Report of an investigation into the causes of malaria in Bombay and the measures necessary for its control
Disease focus: Malaria
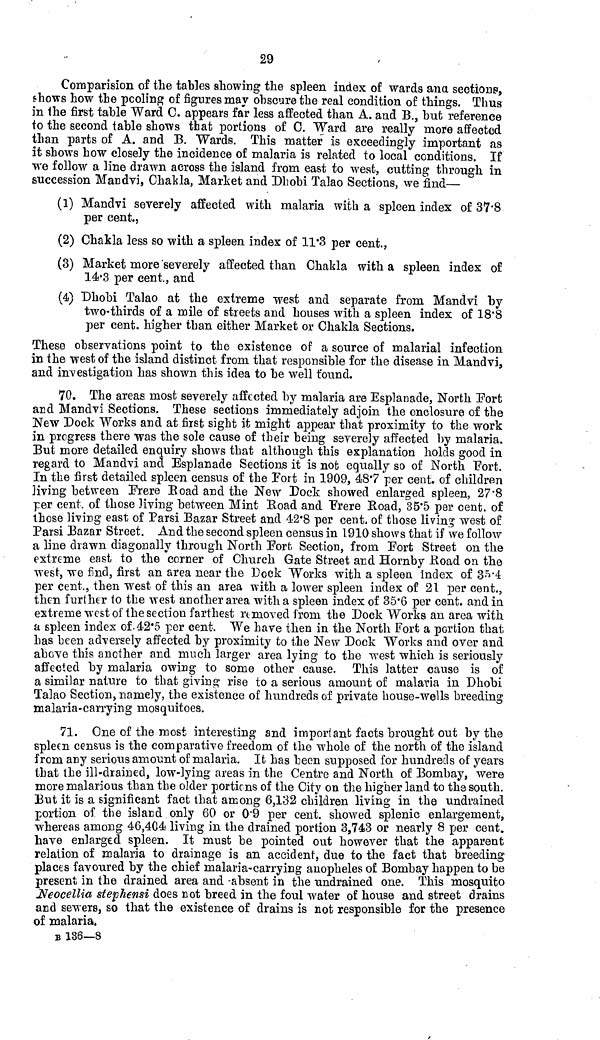
29
Comparision of the tables showing the spleen index of wards ana sections,
shows how the pooling of figures may obscure the real condition of things. Thus
in the first table Ward 0. appears far less affected than A. and B., but reference
to the second table shows that portions of 0. Ward are really more affected
than parts of A. and B. Wards. This matter is exceedingly important as
it shows how closely the incidence of malaria is related to local conditions. If
we follow a line drawn across the island from east to west, cutting through in
succession Mandvi, Chakla, Market and Dhobi Talao Sections, we find—
(1) Mandvi severely affected with malaria with a spleen index of 37.8
per cent.,
(2) Chakla less so with a spleen index of 11.3 per cent.,
(3) Market more severely affected than Chakla with a spleen index of
14.3 per cent., and
(4) Dhobi Talao at the extreme west and separate from Mandvi by
two-thirds of a mile of streets and houses with a spleen index of 18.8
per cent. higher than either Market or Chakla Sections.
These observations point to the existence of a source of malarial infection
in the west of the island distinct from that responsible for the disease in Mandvi,
and investigation has shown this idea to be well found.
70. The areas most severely affected by malaria are Esplanade, North Port
and Mandvi Sections, These sections immediately adjoin the enclosure of the
New Dock Works and at first sight it might appear that proximity to the work
in progress there was the sole cause of their being severely affected by malaria.
But more detailed enquiry shows that although this explanation holds good in
regard to Mandvi and Esplanade Sections it is not equally so of North Fort.
In the first detailed spleen census of the Fort in 1909, 48.7 per cent. of children
living between Frere Road and the New Pock showed enlarged spleen, 27.8
per cent. of those living between Mint Road and "Frere Road, 35.5 per cent. of
those living east of Parsi Bazar Street and 42.8 per cent. of those living west of
Parsi Bazar Street. And the second spleen census in 1910 shows that if we follow
a line drawn diagonally through North Fort Section, from Port Street on the
extreme east to the corner of Church Gate Street and Hornby Road on the
west, we find, first an area near the Dock Works with a spleen index of 35.4
per cent., then west of this an area with a lower spleen index of 21 per cent.,
then further to the west another area with a spleen index of 35.6 per cent. and in
extreme west of the section farthest removed from the Dock Works an area with
a spleen index of 42.5 per cent. We have then in the North Fort a portion that
has been adversely affected by proximity to the New Dock Works and over and
above this another and much larger area lying to the west which is seriously
affected by malaria owing to some other cause. This latter cause is of
a similar nature to that giving rise to a serious amount of malaria in Dhobi
Talao Section, namely, the existence of hundreds of private house-wells breeding
malaria-carrying mosquitoes.
71. One of the most interesting and important facts brought out by the
spleen census is the comparative freedom of the whole of the north of the island
from any serious amount of malaria. It has been supposed for hundreds of years
that the ill-drained, low-lying areas in the Centre and North of Bombay, were
more malarious than the older portions of the City on the higher land to the south.
But it is a significant fact that among 6,132 children living in the undrained
portion of the island only 60 or 09 per cent. showed splenic enlargement,
whereas among 46,404 living in the drained portion 3,743 or nearly 8 per cent.
have enlarged spleen. It must be pointed out however that the apparent
relation of malaria to drainage is an accident, due to the fact that breeding
places favoured by the chief malaria-carrying anopheles of Bombay happen to be
present in the drained area and -absent in the undrained one. This mosquito
Neocellia stephensi does not breed in the foul water of house and street drains
and sewers, so that the existence of drains is not responsible for the presence
of malaria.
B 136—8